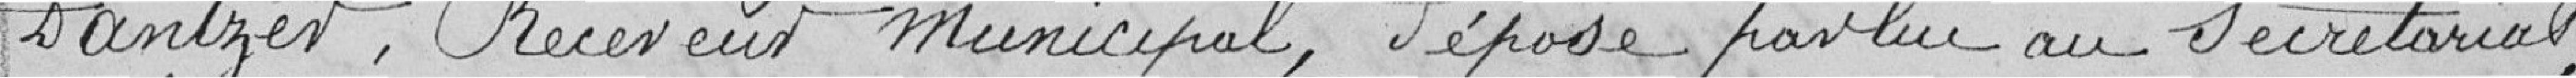
Dantzer, Receveur municipal, déposé par lui au secrétariat